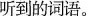
听到的词语。